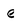
Character: e